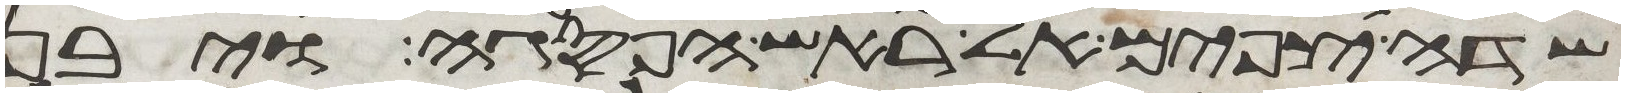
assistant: שדה צפים אל ראש הפסגה ויבן